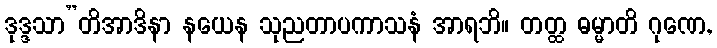
ဒုဒ္ဒသာ”တိအာဒိနာ နယေန သုညတာပကာသနံ အာရဘိ။ တတ္ထ ဓမ္မာတိ ဂုဏေ,